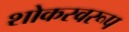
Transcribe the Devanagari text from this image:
शोकस्वरूप